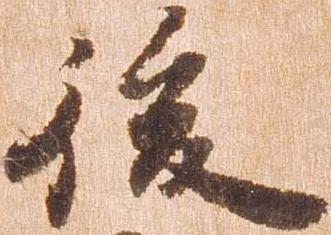
後